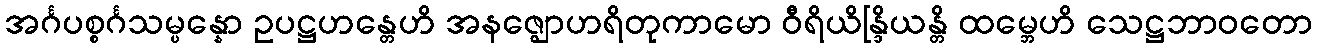
အင်္ဂပစ္စင်္ဂသမ္ပန္နော ဥပဋ္ဌဟန္တေဟိ အနဇ္ဈောဟရိတုကာမော ဝီရိယိန္ဒြိယန္တိ ထမ္ဘေဟိ သေဋ္ဌဘာဝတော